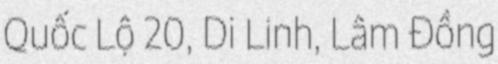
Quốc Lộ 20, Di Linh, Lâm Đồng